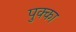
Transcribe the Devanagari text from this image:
पुक्का